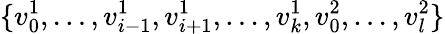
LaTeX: \{ v_{0}^{1},\ldots,v_{i-1}^{1},v_{i+1}^{1},\ldots,v_{k}^{1},v_{0}^{2},\ldots,v_{l}^{2}\}